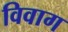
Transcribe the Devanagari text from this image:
विवाग